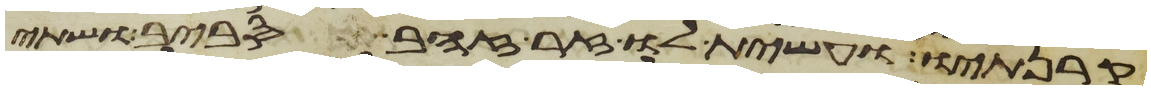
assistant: קרנתיו ועשית לו זר זהב סביב ושתי